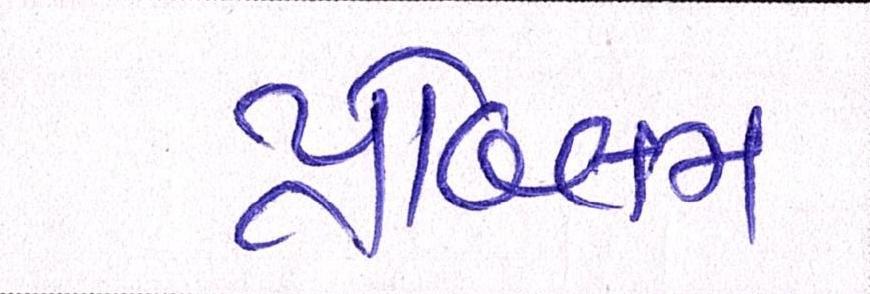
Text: પ્રૉબ્લમ